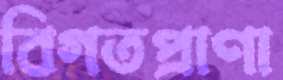
বিগতপ্রাণা